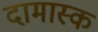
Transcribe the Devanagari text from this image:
दामास्क